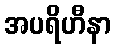
အပရိဟီနာ